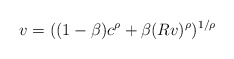
\begin{align*} v = ((1-\beta) c^\rho + \beta (Rv)^\rho)^{1/\rho}\end{align*}